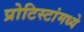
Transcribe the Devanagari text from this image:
प्रोटिस्टांमध्ये